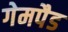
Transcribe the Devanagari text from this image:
गेमपैड